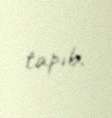
tapıb.